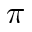
\pi